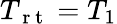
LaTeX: T_{\mathrm{~r~t~}}=T_{1}